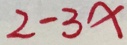
2 - 3 x